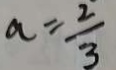
a = \frac { 2 } { 3 }